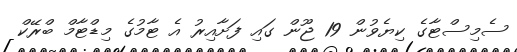
ސެމިސްޓާގެ ކިޔެވުން 19 ޖޫން ގައި ފަށާއިރު އެ ޓާމުގެ މިޑްޓާމް ބްރޭކް